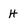
Character: H